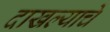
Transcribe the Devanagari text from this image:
दाखल्याचे